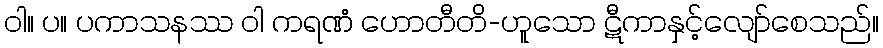
ဝါ။ ပ။ ပကာသနဿ ဝါ ကရဏံ ဟောတီတိ-ဟူသော ဋီကာနှင့်လျော်စေသည်။